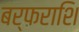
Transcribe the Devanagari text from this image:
बर्फराशि